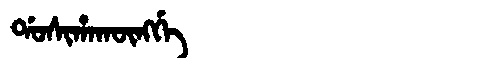
Manchu: ᡩᠣᠰᡳᡥᠠᡴᡡᠩᡤᡝ
Romanization: DOSIHAKŪNGGE